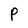
Character: P